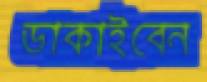
ডাকাইবেন